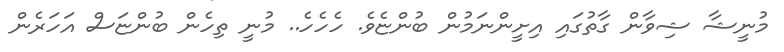
މުނީޝާ ޝިވާން ގާތުގައި އިށީންނަމުން ބުންޏެވެ. ހެހެހެ.. މުނީ ތިހެން ބުންޏަސް އަހަރެން